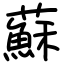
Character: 蘇